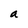
Character: a